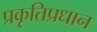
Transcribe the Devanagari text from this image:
प्रकृतिप्रधान